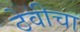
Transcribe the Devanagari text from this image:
ठेवीचा